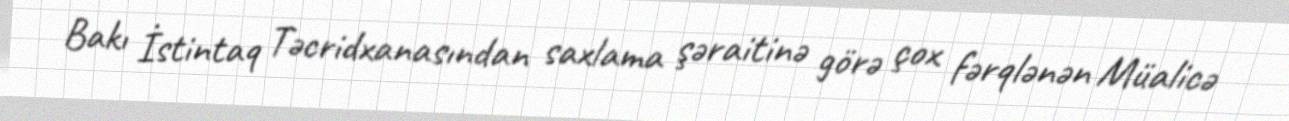
Bakı İstintaq Təcridxanasından saxlama şəraitinə görə çox fərqlənən Müalicə